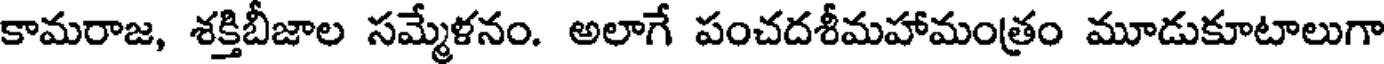
కామరాజ, శక్తిబీజాల సమ్మేళనం. అలాగే పంచదశీమహామంత్రం మూడుకూటాలుగా